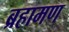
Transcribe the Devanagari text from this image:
ब्रहामण